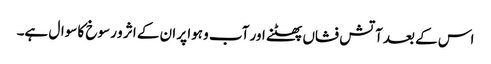
اس کے بعد آتش فشاں پھٹنے اور آب و ہوا پر ان کے اثر و رسوخ کا سوال ہے۔